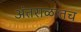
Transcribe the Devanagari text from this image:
अंतराळातच